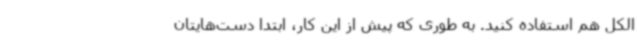
الکل هم استفاده کنید. به‌ طوری‌ که پیش از این کار، ابتدا دست‌هایتان